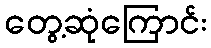
တွေ့ဆုံကြောင်း